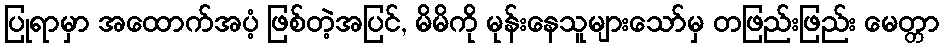
ပြုရာမှာ အထောက်အပံ့ ဖြစ်တဲ့အပြင်, မိမိကို မုန်းနေသူများသော်မှ တဖြည်းဖြည်း မေတ္တာ